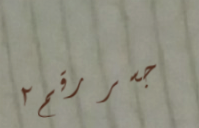
جسر رقم ٢